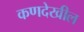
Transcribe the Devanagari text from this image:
कणदेखील